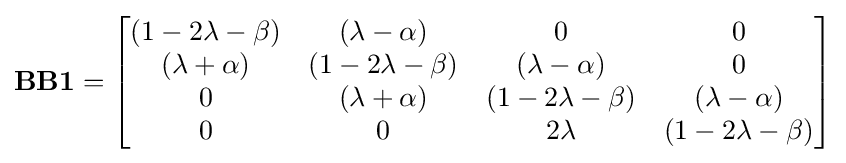
\mathbf {BB1} ={\begin{bmatrix}(1-2\lambda -\beta )&(\lambda -\alpha )&0&0\\(\lambda +\alpha )&(1-2\lambda -\beta )&(\lambda -\alpha )&0\\0&(\lambda +\alpha )&(1-2\lambda -\beta )&(\lambda -\alpha )\\0&0&2\lambda &(1-2\lambda -\beta )\end{bmatrix}}